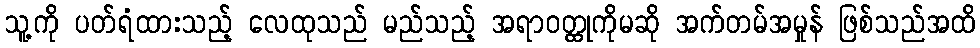
သူ့ကို ပတ်ရံထားသည့် လေထုသည် မည်သည့် အရာဝတ္ထုကိုမဆို အက်တမ်အမှုန် ဖြစ်သည်အထိ